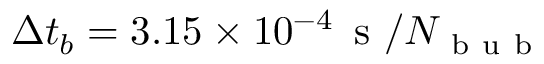
\Delta t _ { b } = 3 . 1 5 \times 1 0 ^ { - 4 } \, \mathrm { ~ s ~ } / N _ { \mathrm { ~ b ~ u ~ b ~ } }